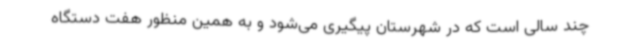
چند سالی است که در شهرستان پیگیری می‌شود و به همین منظور هفت دستگاه